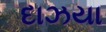
દાઝયા